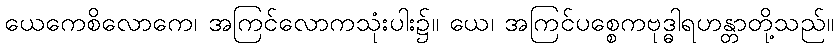
ယေကေစိလောကေ၊ အကြင်လောကသုံးပါး၌။ ယေ၊ အကြင်ပစ္စေကဗုဒ္ဓါရဟန္တာတို့သည်။